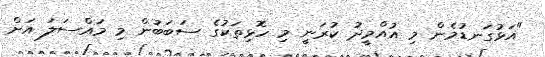
"އަޅުގަނޑުމެން މި އުއްމީދު ކުރަނީ މި ހޮޅިތަކުގެ ސަބަބުން މި މައްސަލަ އަށް